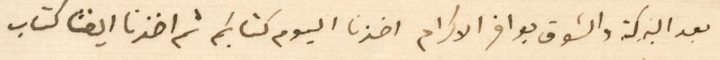
بعد البركة والشوق بوافر الاكرام اخذنا اليوم كتابكم ثم اخذنا ايضًا كتاب